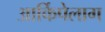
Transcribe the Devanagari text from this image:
आर्किपेलाग